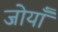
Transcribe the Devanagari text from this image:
जोयाँ